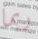
ربما